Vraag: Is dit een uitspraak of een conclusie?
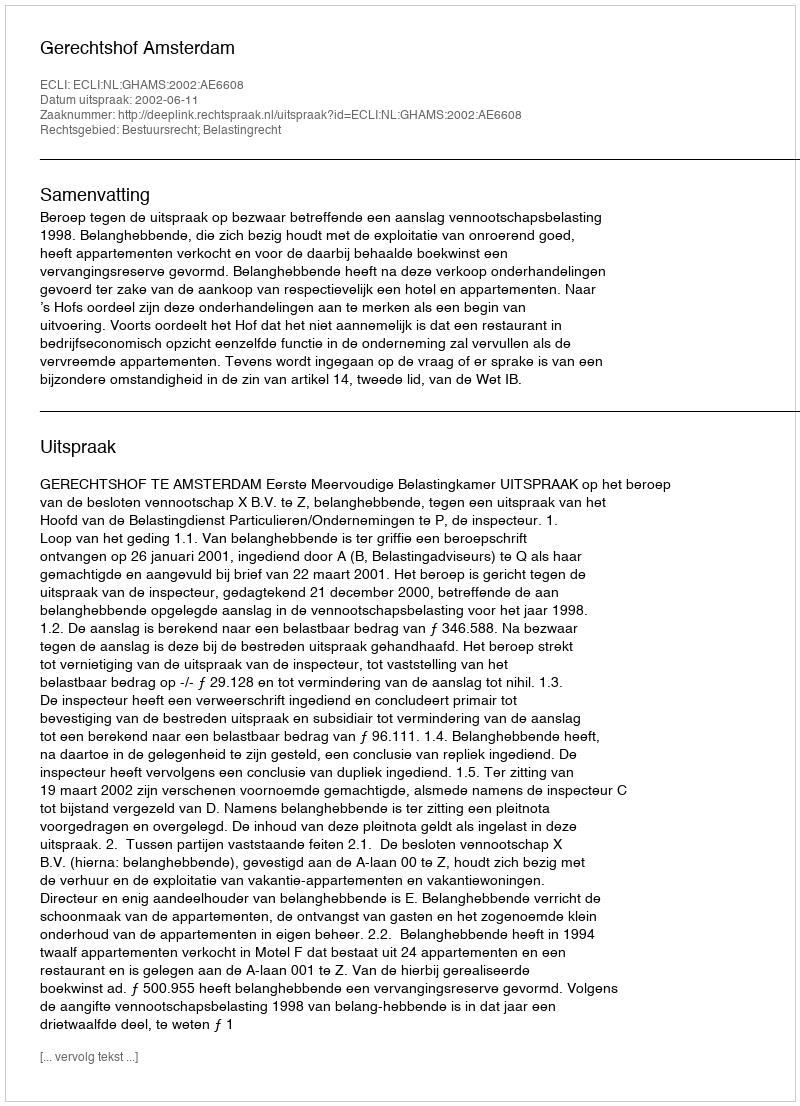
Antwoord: Uitspraak